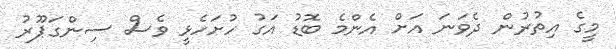
މީގެ އިތުރުން ދެވަނަ އަށް އެންމެ ބޮޑު އަގު ހުށަހެޅީ ވެސް ސިންގަޕޫރު